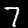
Digit: 7